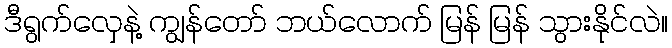
ဒီရွက်လှေနဲ့ ကျွန်တော် ဘယ်လောက် မြန် မြန် သွားနိုင်လဲ။